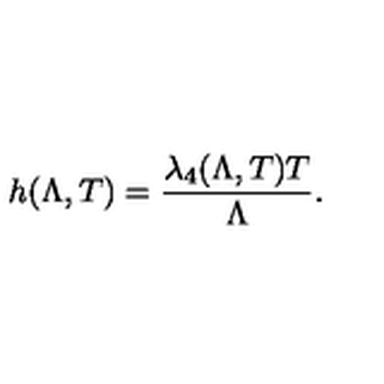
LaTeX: h ( \Lambda , T ) = \frac { \lambda _ { 4 } ( \Lambda , T ) T } { \Lambda } .